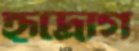
হৃদ্‌রোগ